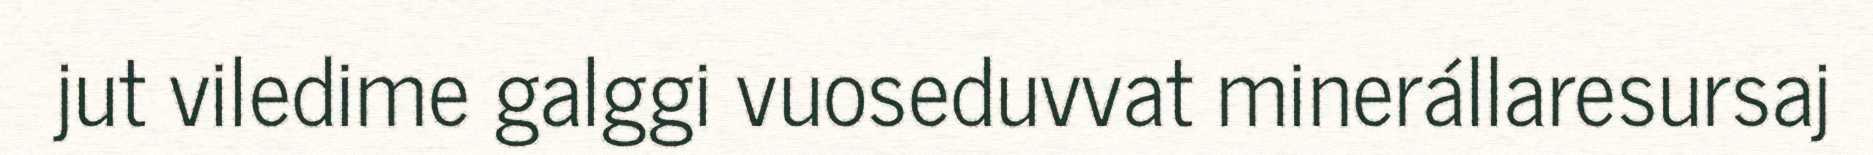
jut viledime galggi vuoseduvvat minerállaresursaj